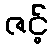
ဇင့်